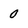
Character: 0